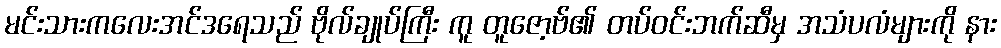
မင်းသားကလေးအင်ဒရေသည် ဗိုလ်ချုပ်ကြီး ကူ တူဇော့ဗ်၏ တပ်ဝင်းဘက်ဆီမှ အသံပလံများကို နား